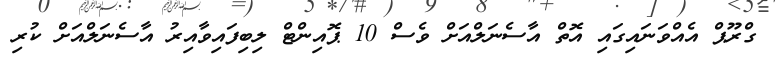
ގްރޫޕް އެއްވަނައިގައި އޮތް އާސެނަލްއަށް ވެސް 10 ޕޮއިންޓް ލިބިފައިވާއިރު އާސެނަލްއަށް ކުރި